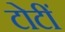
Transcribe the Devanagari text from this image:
टोटीं